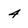
Character: 4